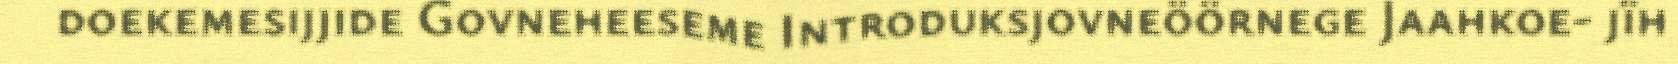
doekemesijjide Govneheeseme Introduksjovneöörnege Jaahkoe- jïh